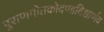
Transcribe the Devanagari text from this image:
पुराणगीतकोदण्डविद्यार्णव